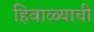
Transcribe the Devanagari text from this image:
हिवाळ्याची